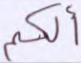
ألكم